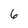
Character: 6